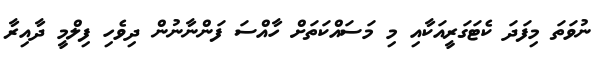
ނުވަތަ މިފަދަ ކެޓަގަރީއަކާއި މި މަސައްކަތަށް ހާއްސަ ފަންނާނުން ދިވެހި ފިލްމީ ދާއިރާ